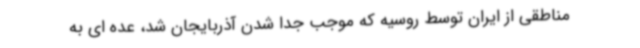
مناطقی از ایران توسط روسیه که موجب جدا شدن آذربایجان شد، عده ای به